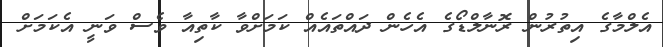
އެލްމާގެ އިތުރުން ރޮނާލްޑޯގެ އެހެން ދައްތައެއް ކަމަށްވާ ކާތިއާ ވެސް ވަނީ އެކަމަށް